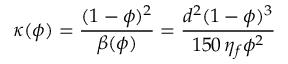
\displaystyle \kappa ( \phi ) = \frac { ( 1 - \phi ) ^ { 2 } } { \beta ( \phi ) } = \frac { d ^ { 2 } ( 1 - \phi ) ^ { 3 } } { 1 5 0 \, \eta _ { f } \phi ^ { 2 } }